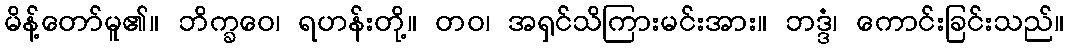
မိန့်တော်မူ၏။ ဘိက္ခဝေ၊ ရဟန်းတို့။ တဝ၊ အရှင်သိကြားမင်းအား။ ဘဒ္ဒံ၊ ကောင်းခြင်းသည်။